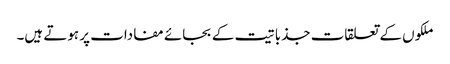
ملکوں کے تعلقات جذباتیت کے بجائے مفادات پر ہوتے ہیں۔